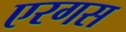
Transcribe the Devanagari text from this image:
एरगस